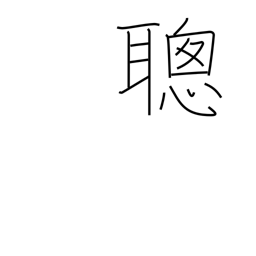
Meaning: fast learner